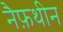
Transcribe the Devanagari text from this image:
नैफ़थीन